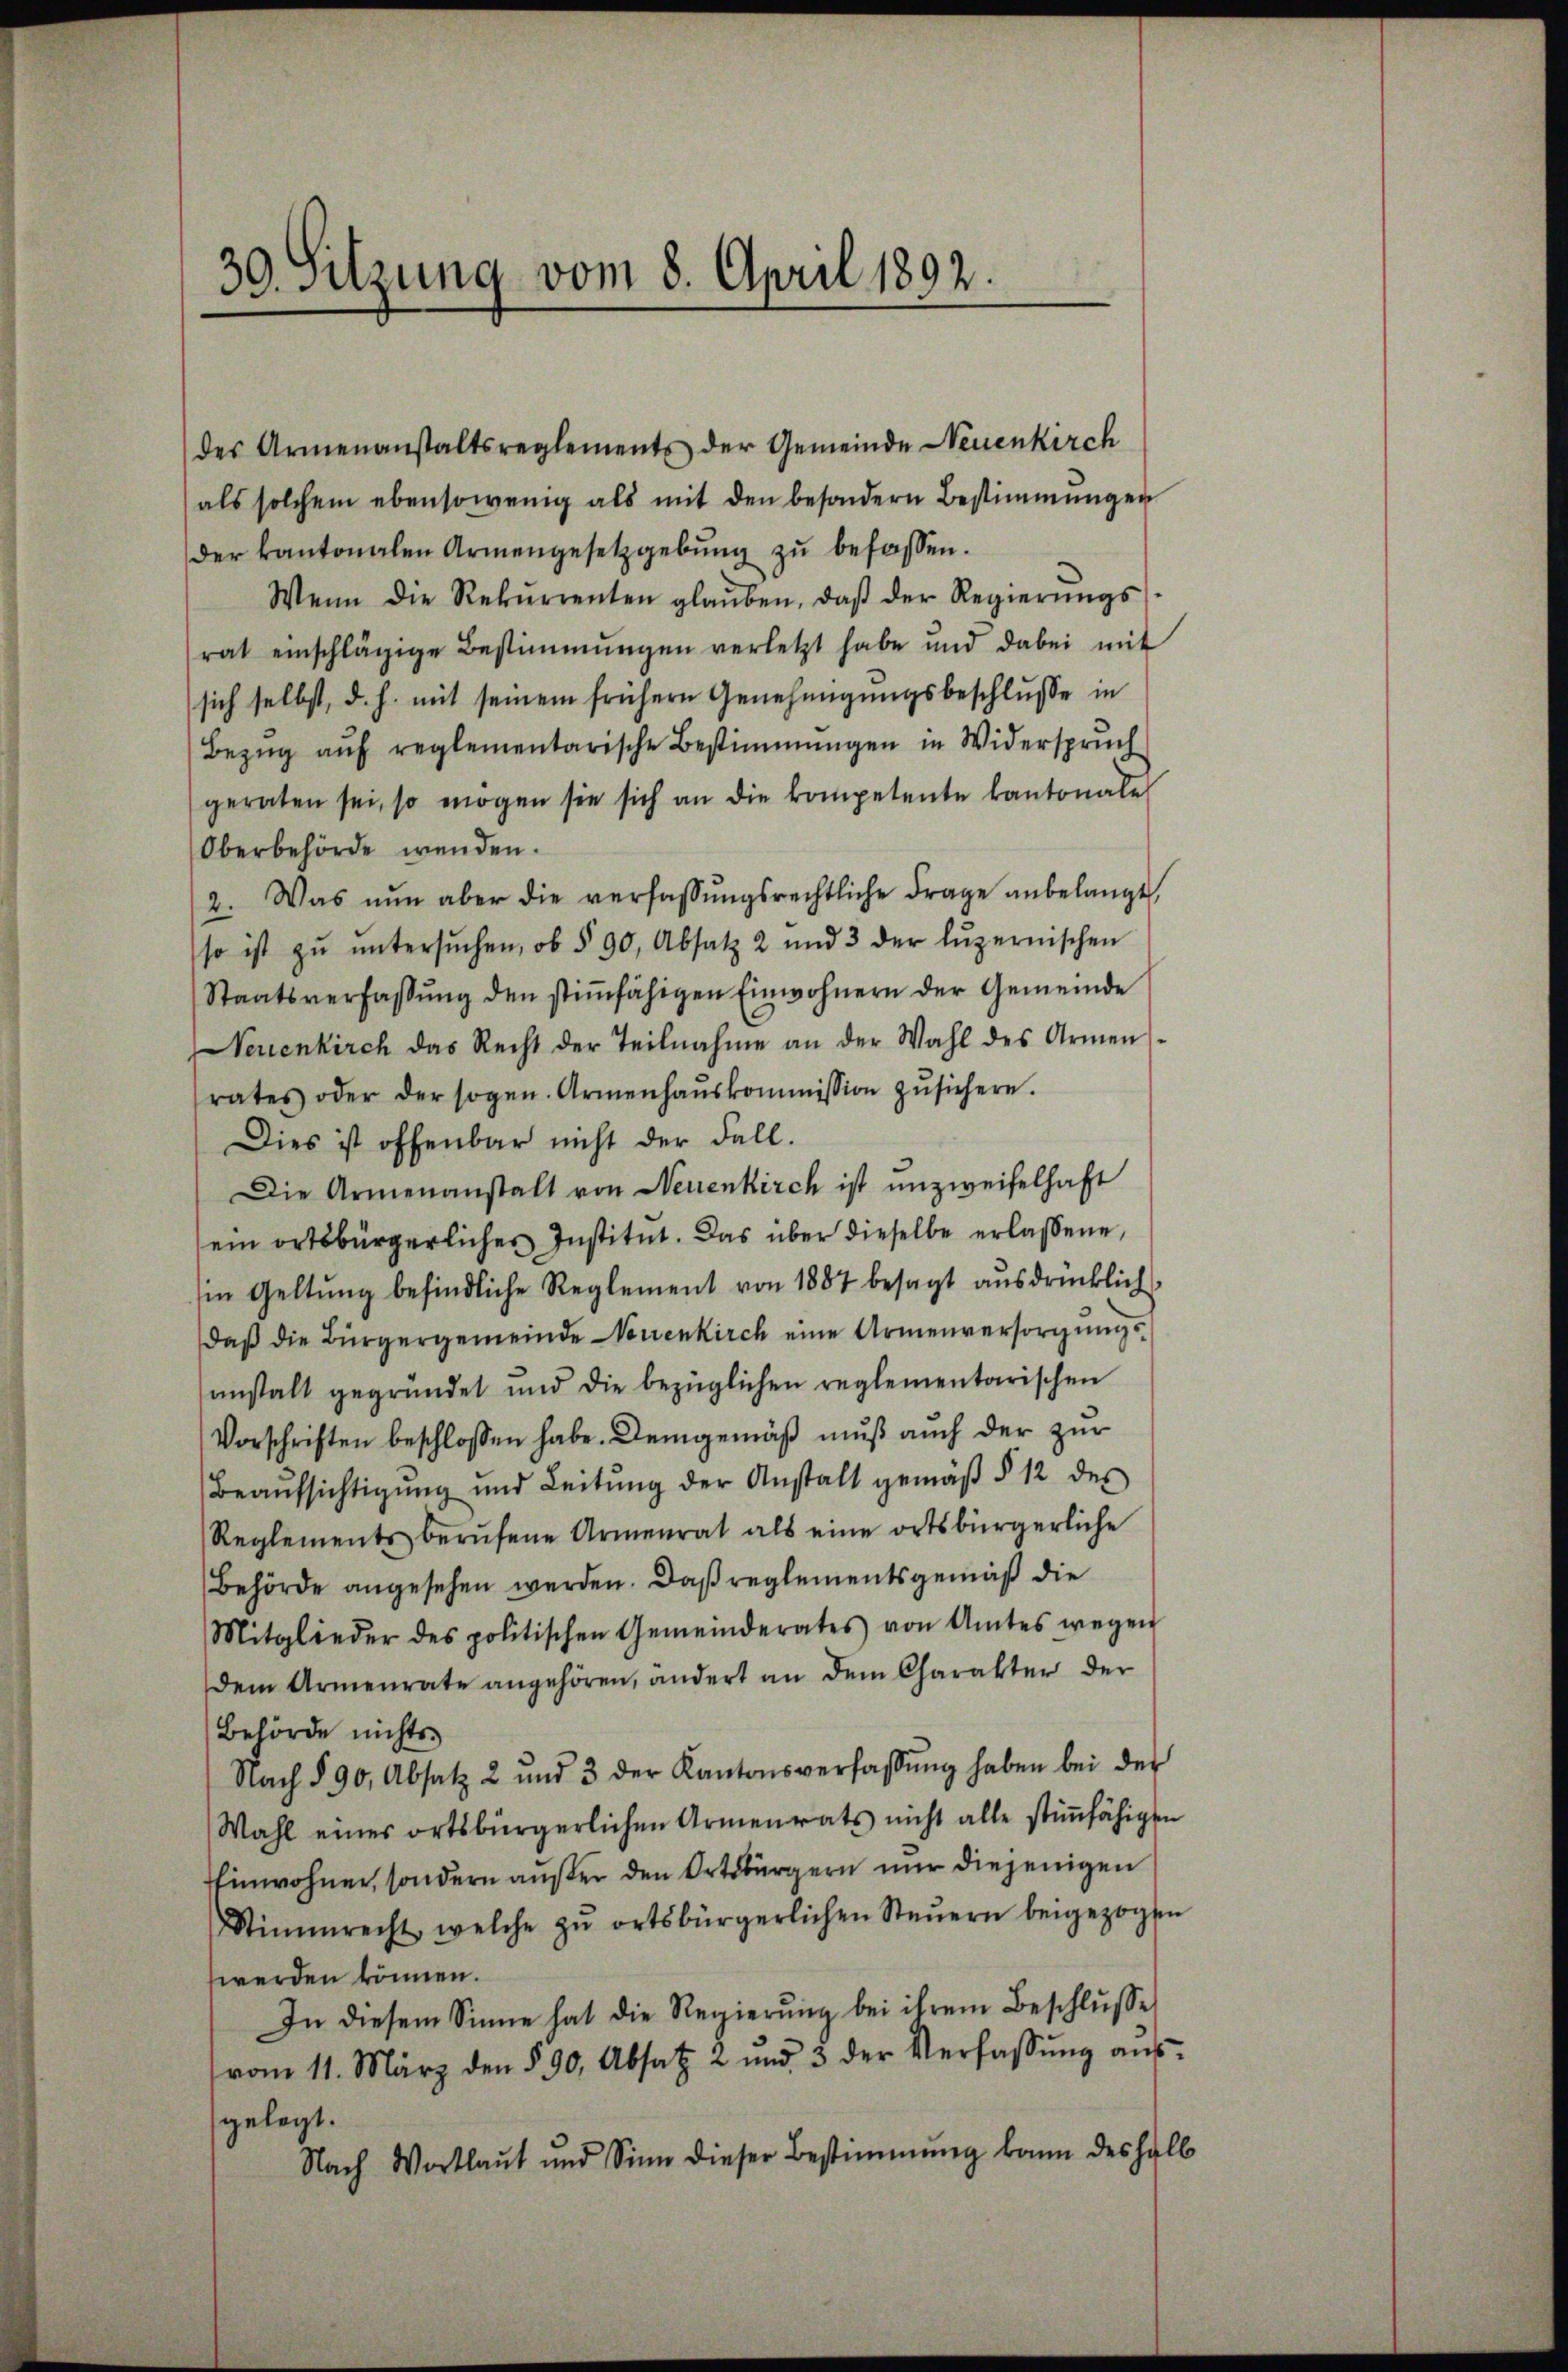
30. Setzung vom 8. April 1892.

des Armenanstaltsreglements der Gemeinde Neuenkirch
als solchem ebensowenig als mit den besondern Bestimmungen
der kantonalen Armengesetzgebŭng zŭ befassen.
Wenn die Rekurrenten glaŭben, daβ der Regierŭngs-
rat einschlägige Bestimmungen verletzt habe und dabei mit
sich selbst, d. h. mit seinem frühern Genehmigungsbeschlusse in
Bezŭg aŭf reglementarische Bestimmungen in Widerspruch
geraten sei, so mögen sie sich an die kompetente kantonale
Oberbehörde wenden.
2. Was nun aber die verfassŭngsrechtliche Frage anbelangt,
so ist zŭ ŭntersŭchen, ob § 90, Absatz 2 und 3 der Lŭzernischen
Staatsverfassŭng den stiṁfähigen Einwohnern der Gemeinde
Neuenkirch das Recht der Teilnahme an der Wahl des Armen-
rates oder der sogen. Armenhaŭskommission zŭsichern.
Dies ist offenbar nicht der Fall.
Die Armenanstalt von Neuenkirch ist unzweifelhaft
ein ortsbürgerliches Institut. Das über dieselbe erlassene,
in Geltung befindliche Reglement von 1887 besagt ausdrücklich
daß die Bürgergemeinde Neuenkirch eine Armenversorgungsanstalt gegründet und die bezüglichen reglementarischen
Vorschriften beschlossen habe. Demgemäß muß auch der zur
Beaŭfsichtigung und Leitŭng der Anstalt gemäβ § 12 des
Reglements berŭfene Armenrat als eine ortsbürgerliche
Behörde angesehen werden. Daß reglementsgemäß die
Mitglieder des politischen Gemeinderates von Amtes wegen
dem Armenrate angehören, andert an dem Charakter der
Behörde nichts
Nach § 90 Absatz 2 und 3 der Kantonsverfassŭng haben bei der
Wahl eines ortsbürgerlichen Armenrats nicht alle stiṁfähigen
Einwohner, sondern außer den Ortsbürgern nur diejenigen
Stimmrecht, welche zŭ ortsbürgerlichen Steŭern beigezogt
werden können.
In diesem Sinne hat die Regierŭng bei ihrem Beschlŭsse
vom 11. März den § 90. Absatz 2 und 3 der Verfassŭng aŭs
gelegt.
Nach Wortlaut und Sinn dieser Bestimmung kann deshalb